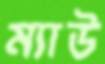
ম্যাউ